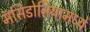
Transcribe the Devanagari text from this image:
मॅसिडोनियामध्ये